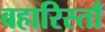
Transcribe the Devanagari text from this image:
बहारिस्ताँ